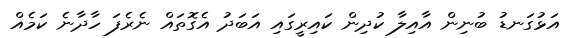
އަޅުގަނޑު ބުނިން އާއިލާ ކުދިން ކައިރީގައި އަބަދު އެގޮތައް ނެރެފަ ހާދާނެ ކަމެއް